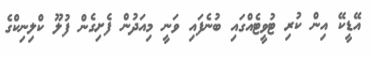
އޭޑީކޭ އިން ކުރި ޓުވީޓެއްގައި ބުނެފައި ވަނީ މިއަދުން ފެށިގެން ފުލޫ ކްލިނިކްގެ